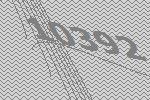
10392